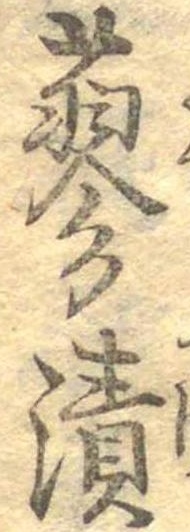
蓼漬